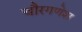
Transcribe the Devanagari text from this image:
चौरगणेश